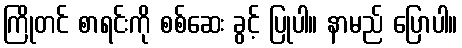
ကြိုတင် စာရင်းကို စစ်ဆေး ခွင့် ပြုပါ။ နာမည် ပြောပါ။